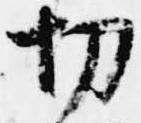
切